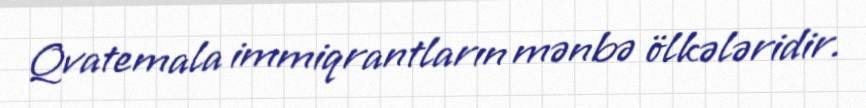
Qvatemala immiqrantların mənbə ölkələridir.